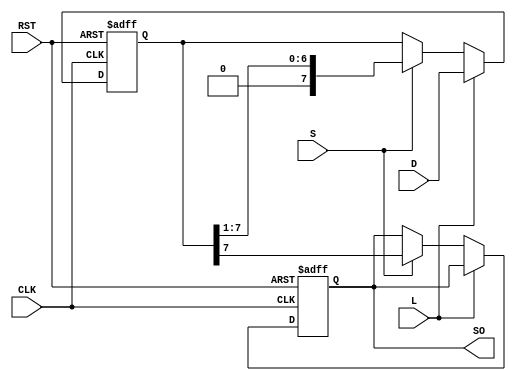
module PISO_Register #(
    parameter n = 8  // Parameter to define the number of bits in the register
)(
    input wire [n-1:0] D,    // n-bit parallel data input bus
    input wire L,             // Load control signal
    input wire S,             // Shift control signal
    input wire CLK,           // Clock signal
    input wire RST,           // Asynchronous reset signal
    output reg SO             // Serial output
);

    reg [n-1:0] shift_reg;    // Internal register to hold the data

    always @(posedge CLK or posedge RST) begin
        if (RST) begin
            // Reset the register to zero
            shift_reg <= {n{1'b0}};
            SO <= 1'b0;  // Optional: Reset SO to 0
        end else if (L) begin
            // Load the data into the shift register
            shift_reg <= D;
        end else if (S) begin
            // Shift the data out serially
            SO <= shift_reg[n-1];  // Output the MSB (first bit)
            shift_reg <= {1'b0, shift_reg[n-1:1]};  // Shift right
        end
    end

endmodule